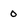
Character: 0